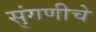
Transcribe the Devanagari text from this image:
सुंगणीचे